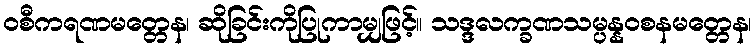
ဝစီကရဏမတ္တေန၊ ဆိုခြင်းကိုပြုကာမျှဖြင့်။ သဒ္ဒလက္ခဏသမ္ပန္နဝစနမတ္တေန၊